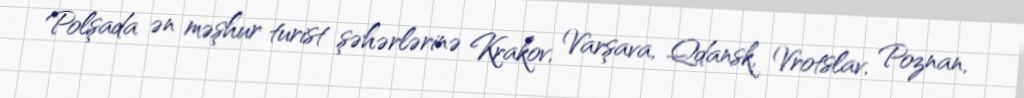
Polşada ən məşhur turist şəhərlərinə Krakov, Varşava, Qdansk, Vrotslav, Poznan,